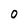
Character: O